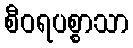
စီဝရပစ္စာသာ